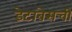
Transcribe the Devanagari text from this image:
डेटाबेसची